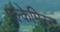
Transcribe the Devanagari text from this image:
एल्केमिस्ट